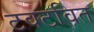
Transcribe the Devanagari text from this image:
टवटवित